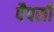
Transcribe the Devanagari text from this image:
पैपसी